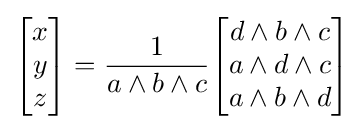
{\begin{bmatrix}x\\y\\z\end{bmatrix}}={\frac {1}{a\wedge b\wedge c}}{\begin{bmatrix}d\wedge b\wedge c\\a\wedge d\wedge c\\a\wedge b\wedge d\end{bmatrix}}